Annual administration report of the Bombay Presidency - 1887-1892
Year: 1887
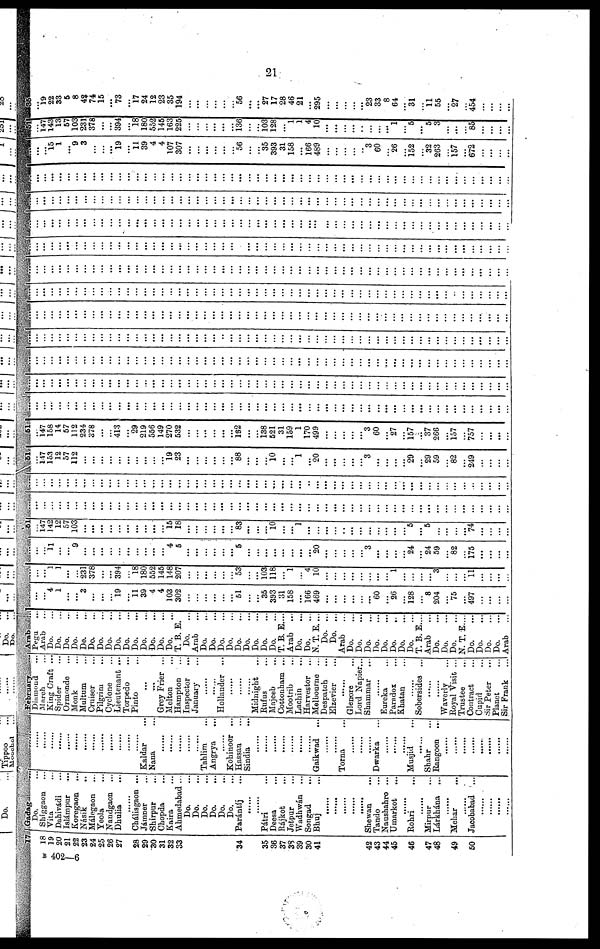
21
18
19
20
21
22
23
24
25
26
27
28
29
30
31
32
33
34
35
36
37
38
39
30
41
42
43
44
45
46
47
48
49
50
Do.
...
Shiggaon ...
Vita ...
Dahivádi ...
Islámpur ...
Koregaon ...
Násik ...
Málegaon ...
Yeola ...
Nandgaon ...
Dhulia ...
......
Chálisgaon ...
Jámner ...
Shirpur ...
Chopda ...
Kaira ...
Ahmedabad ...
Do. ...
Do. ...
Do. ...
Do. ...
Do. ...
Do. ...
Parántíj ...
......
......
Pátri ...
Deesa ...
Rájkot ...
Jetpur ...
Wadhwán ...
Songad ...
Bhuj ...
......
......
......
......
......
Shewan ...
Tando ...
Naushahro ...
Umarkot ...
......
Rohri ...
......
Mirpur ...
Lárkhána
...
......
Mehar ...
......
Jacobabad ...
......
......
......
......
......
......
......
......
......
......
......
......
......
......
......
......
......
Kaldar ...
Nana ...
......
......
......
......
......
Tahlim ...
Angrya ...
......
Kohinoor ...
Hassan ...
Sindia ...
......
......
......
......
......
......
......
Gaikwad ...
......
......
Torna ...
......
......
......
Dwarka ...
......
......
......
Musjid ...
......
Shahr ...
Rangoon ...
......
......
......
......
......
......
......
......
Diamond ...
March ...
King Craft ...
Spider ...
Ormonde ...
Monk ...
Multum ...
Cruiser ...
Pilgrim ...
Cyclone ...
Lieutenant ...
Torpedo ...
Pinto ...
...
....
Grey Frier ...
Melton ...
Hampton
...
Inspector ...
January ...
......
......
Hollander ...
......
......
......
Midnight ...
Rufus ...
Majeeb ...
Cottonham ...
Mootrib ...
Lachin ...
Harvestor ...
Melbourne ...
Despatch ...
Elzevier ...
......
Glenore ...
Lord Napier...
Shammar ...
......
Eureka ...
Paradox ...
Khatan ...
......
Sobersides ...
......
......
Waverly ...
Royal Visit ...
Trustee ...
Contract ...
Cupid ...
Sir Peter ...
Planet ...
Sir Frank ...
Pegu
...
Arab ...
Do. ...
Do. ...
Do. ...
Do. ...
Do. ...
Do. ...
Do. ...
Do. ...
Do. ...
Do. ...
Do. ...
Do. ...
Do. ...
Do. ...
Do. ...
T. B. E.
Do.
...
Arab ...
Do. ...
Do. ...
Do. ...
Do. ...
Do. ...
Do. ...
Do. ...
Do. ...
Do. ...
T. B. E....
Arab ...
Do. ...
Do. ...
N. T. E. ...
Do. ...
Do. ...
Arab ...
Do. ...
Do. ...
Do. ...
Do. ...
Do. ...
Do. ...
Do. ...
Do. ...
T. B. E....
Arab ...
Do. ...
Do. ...
Do. ...
N. T. E....
Do. ...
Do. ...
Do. ...
Do. ...
Arab ...
...
...
4
1
...
...
3
...
...
...
19
...
11
39
4
4
103
302
...
...
...
...
...
...
51
...
...
35
393
31
158
...
166
469
...
...
...
...
...
...
60
...
26
...
128
...
8
204
...
75
...
497
...
...
...
...
...
...
1
1
...
...
231
378
...
...
394
...
18
180
552
145
148
207
...
...
...
...
...
...
53
...
...
103
118
...
1
...
4
10
...
...
...
...
...
...
...
...
1
...
...
...
...
3
...
...
...
11
...
...
...
...
...
...
11
...
...
9
...
...
...
...
...
...
...
...
...
...
4
5
...
...
...
...
...
...
5
...
...
...
...
...
...
...
...
20
...
...
...
...
...
3
...
...
...
...
24
...
24
59
...
82
...
175
...
...
...
...
...
147
142
12
57
103
...
...
...
...
...
...
...
...
...
...
15
18
...
...
...
...
...
...
83
...
...
...
10
...
...
1
...
...
....
...
..
...
...
...
...
...
...
...
5
...
5
...
...
...
...
74
...
...
...
...
...
...
...
...
...
...
...
...
...
...
...
...
...
...
...
...
...
...
...
...
...
...
...
...
...
...
...
...
...
...
...
...
...
...
...
...
...
...
...
...
...
...
...
...
...
...
...
...
...
...
...
...
...
...
...
...
...
...
...
...
...
...
...
...
...
...
...
...
...
...
...
...
...
...
...
...
...
...
...
...
...
...
...
...
...
...
...
..
...
...
...
...
...
...
...
...
...
...
...
...
...
...
...
...
...
...
...
...
...
...
...
...
147
153
12
57
112
...
...
...
...
...
...
...
...
...
...
19
23
...
...
...
...
...
...
88
...
...
...
10
...
...
1
...
20
...
...
...
...
...
3
...
...
...
...
29
...
29
59
...
82
...
249
...
...
...
...
...
147
158
14
57
112
234
378
...
...
413
...
29
219
556
149
270
532
...
...
...
...
...
...
132
...
...
138
521
31
159
1
170
499
...
...
...
...
...
3
60
...
27
...
157
...
37
266
...
157
...
757
...
...
...
...
...
...
...
...
...
...
...
...
...
...
...
...
...
...
...
...
...
...
...
...
...
...
...
...
...
...
...
...
...
...
...
...
...
...
...
...
...
...
...
...
...
...
...
...
...
...
...
...
...
...
...
...
...
...
...
...
...
...
...
...
...
...
...
...
...
...
...
...
...
...
...
...
...
...
...
...
...
...
...
...
...
...
...
...
...
...
...
...
...
...
...
...
...
...
...
...
...
...
...
...
...
...
...
...
...
...
...
...
...
...
...
...
...
...
...
...
...
...
...
...
...
...
...
...
...
...
...
...
...
...
...
...
...
...
...
...
....
...
...
...
...
...
...
...
...
...
...
...
...
...
...
...
....
...
...
...
...
...
...
...
...
...
...
...
...
...
...
...
...
...
...
...
...
...
...
...
...
...
...
...
...
...
...
...
...
...
...
...
...
...
...
...
...
...
...
...
...
...
....
...
...
...
...
...
...
...
...
...
...
...
...
...
...
...
...
...
...
...
...
...
...
...
...
...
...
...
...
...
...
...
...
...
...
...
...
...
...
...
...
...
...
...
...
...
...
...
...
...
...
...
...
...
...
...
...
...
...
...
...
...
...
...
...
...
...
...
...
...
...
...
...
...
...
...
...
...
...
...
...
...
...
...
...
...
...
...
...
...
...
...
...
...
...
...
...
...
...
...
...
...
...
...
...
...
...
...
...
...
...
...
...
...
...
...
...
...
...
...
...
...
...
...
...
...
...
...
...
...
...
...
...
...
...
...
...
...
...
...
...
...
...
...
...
...
...
...
...
...
...
...
...
...
...
...
...
...
...
...
...
...
...
...
...
...
...
...
...
...
...
...
...
...
...
...
...
...
...
...
...
...
...
...
...
...
...
...
...
...
...
...
...
...
...
...
...
...
...
...
...
...
...
...
...
...
...
...
...
...
...
...
...
...
...
...
...
...
...
...
...
...
...
...
...
...
...
...
...
...
...
...
...
...
...
...
...
...
...
...
...
...
...
...
...
...
...
...
...
...
...
...
...
...
...
...
...
...
...
...
...
...
...
...
...
...
...
...
...
...
...
...
...
...
...
...
...
...
...
...
...
...
...
...
...
...
...
...
...
...
...
...
...
...
...
...
...
...
...
...
...
...
...
...
...
...
...
...
...
...
...
...
...
...
...
...
...
...
...
...
...
...
...
...
...
...
...
...
...
...
...
...
...
...
...
...
...
...
...
...
...
...
...
...
...
...
...
...
...
...
...
...
...
...
...
...
...
...
...
...
...
...
...
...
...
...
...
...
...
...
...
...
...
...
...
...
...
...
...
...
...
...
...
...
...
...
...
...
...
...
...
...
...
...
...
...
...
...
...
...
...
...
...
...
...
...
...
...
...
...
...
...
...
...
15
1
...
9
3
...
...
...
19
...
11
39
4
4
107
307
...
...
...
...
...
...
56
...
...
35
393
31
158
...
166
489
...
...
...
...
..
3
60
26
...
152
...
32
263
...
157
...
672
...
...
...
...
...
147
143
13
57
103
231
378
...
...
394
...
18
180
552
145
163
225
...
...
...
...
...
...
136
...
...
103
128
...
1
1
4
10
...
...
...
...
...
...
...
...
1
...
5
...
5
3
...
...
...
85
...
...
...
...
19
22
33
5
8
42
74
15
...
73
...
17
24
12
23
35
194
...
...
...
...
...
...
56
...
...
27
17
28
46
21
...
295
...
...
...
...
...
23
33
8
64
...
31
...
11
55
...
27
...
454
...
...
...
...
B 402—6